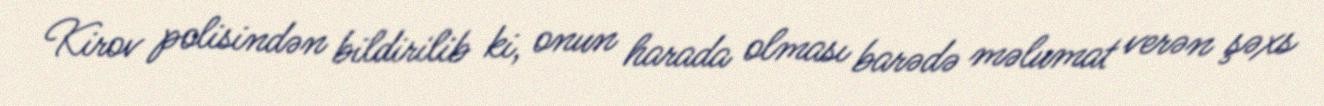
Kirov polisindən bildirilib ki, onun harada olması barədə məlumat verən şəxs